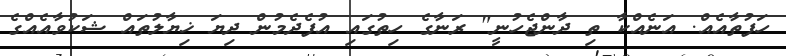
ހަފުތާއެއް. އަނެއްކާ ތި ދާންޖެހުނީ" ރަނާގެ ހިތުގައި އުފެދެމުން ދިޔަ ޚިޔާލުތައް ޝަކުވާއެއްގެ